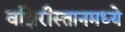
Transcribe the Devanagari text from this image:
वझिरीस्तानमध्ये